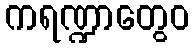
ကရဏ္ဍာတွေဝ